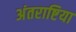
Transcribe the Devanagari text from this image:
अंतराष्टिया